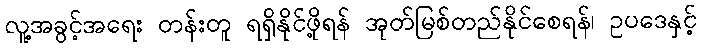
လူ့အခွင့်အရေး တန်းတူ ရရှိနိုင်ဖို့ရန် အုတ်မြစ်တည်နိုင်စေရန်၊ ဥပဒေနှင့်